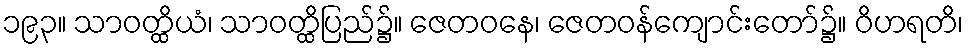
၁၉၃။ သာဝတ္ထိယံ၊ သာဝတ္ထိပြည်၌။ ဇေတဝနေ၊ ဇေတဝန်ကျောင်းတော်၌။ ဝိဟရတိ၊